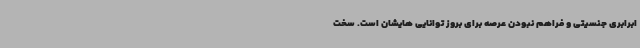
ابرابری جنسیتی و فراهم نبودن عرصه برای بروز توانایی هایشان است. سخت